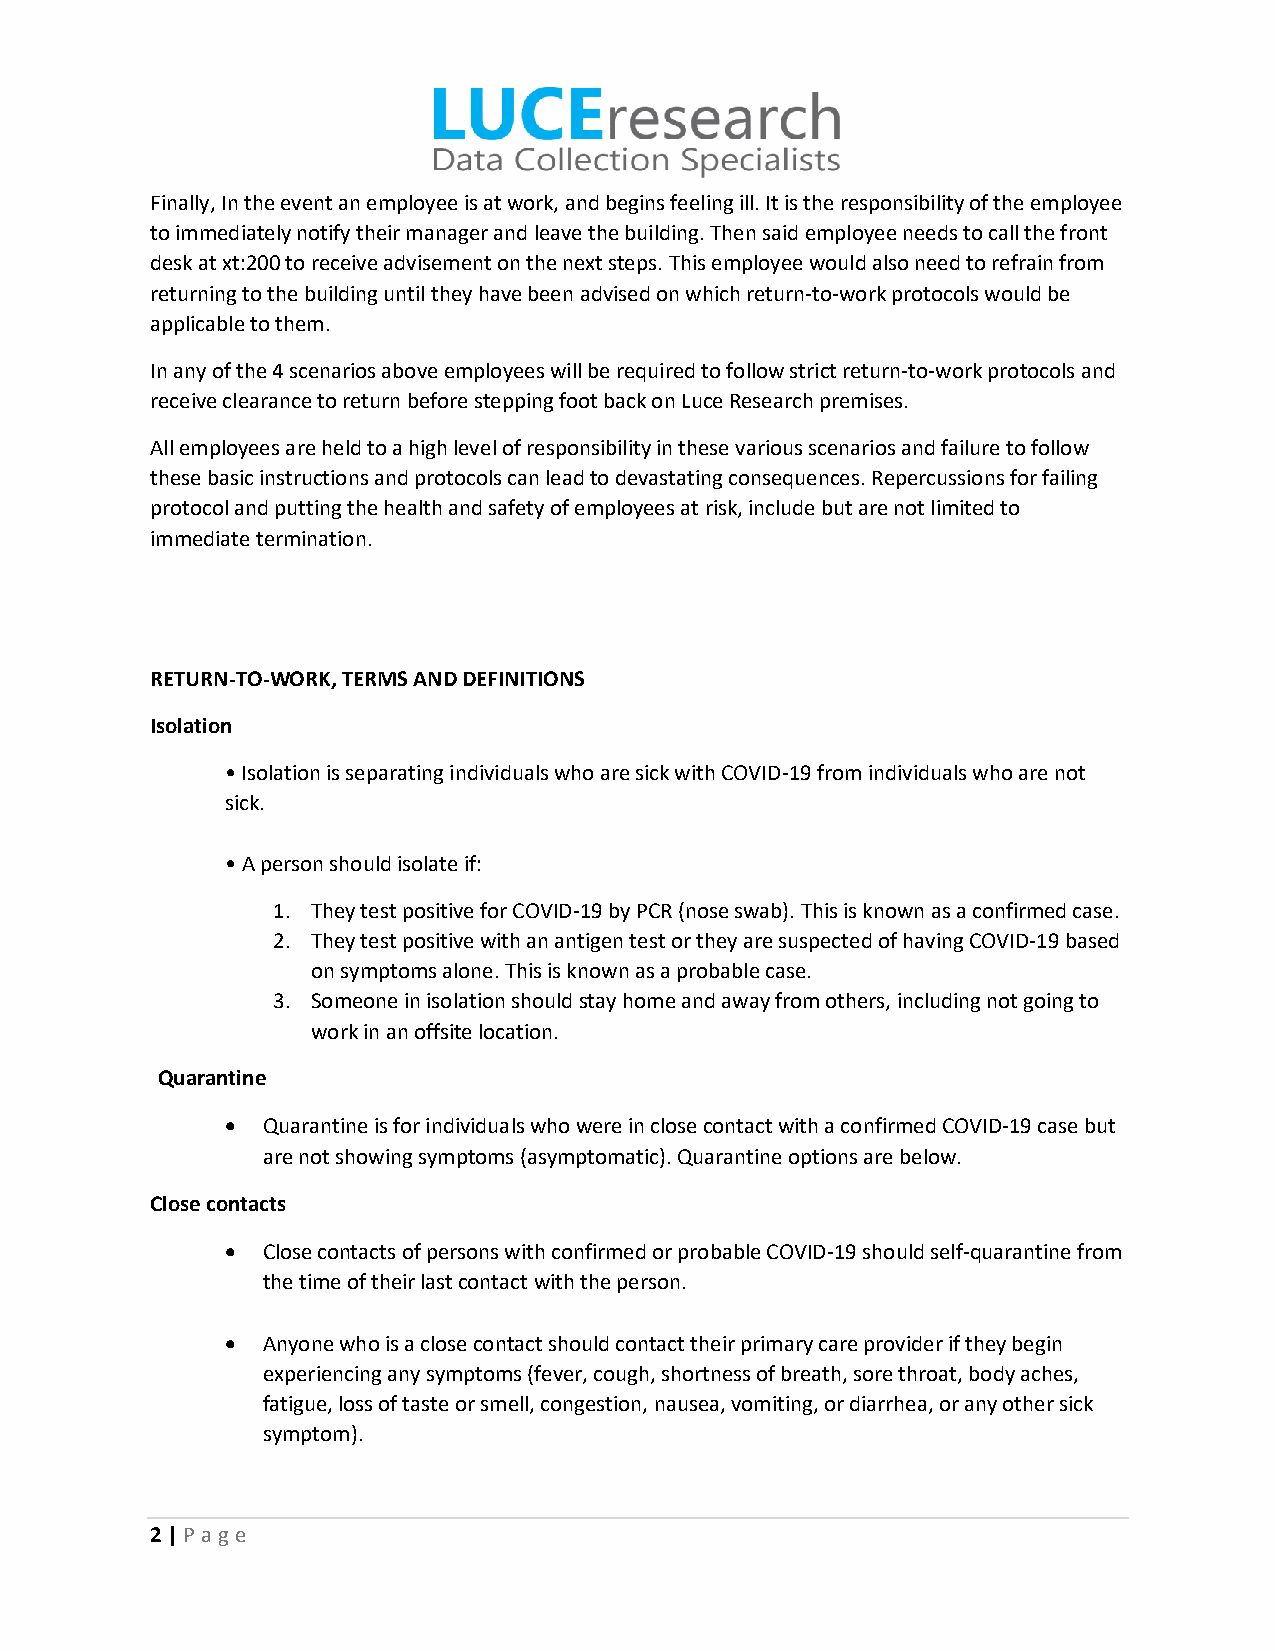
Finally, In the event an employee is at work, and begins feeling ill. It is the responsibility of the employee
 to immediately notify their manager and leave the building. Then said employee needs to call the front
 desk at xt:200 to receive advisement on the next steps. This employee would also need to refrain from
 returning to the building until they have been advised on which return-to-work protocols would be
 applicable to them.
 In any of the 4 scenarios above employees will be required to follow strict return-to-work protocols and
 receive clearance to return before stepping foot back on Luce Research premises.
 All employees are held to a high level of responsibility in these various scenarios and failure to follow
 these basic instructions and protocols can lead to devastating consequences. Repercussions for failing
 protocol and putting the health and safety of employees at risk, include but are not limited to
 immediate termination.
 RETURN-TO-WORK, TERMS AND DEFINITIONS
 Isolation
 • Isolation is separating individuals who are sick with COVID-19 from individuals who are not
 sick.
 • A person should isolate if:
 1. They test positive for COVID-19 by PCR (nose swab). This is known as a confirmed case.
 2. They test positive with an antigen test or they are suspected of having COVID-19 based
 on symptoms alone. This is known as a probable case.
 3. Someone in isolation should stay home and away from others, including not going to
 work in an offsite location.
 Quarantine
 • Quarantine is for individuals who were in close contact with a confirmed COVID-19 case but
 are not showing symptoms (asymptomatic). Quarantine options are below.
 Close contacts
 • Close contacts of persons with confirmed or probable COVID-19 should self-quarantine from
 the time of their last contact with the person.
 • Anyone who is a close contact should contact their primary care provider if they begin
 experiencing any symptoms (fever, cough, shortness of breath, sore throat, body aches,
 fatigue, loss of taste or smell, congestion, nausea, vomiting, or diarrhea, or any other sick
 symptom).
 2 | P age